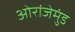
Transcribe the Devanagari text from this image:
ओरांजेमुंड